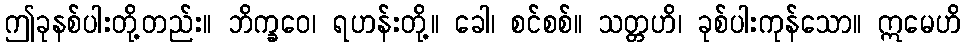
ဤခုနစ်ပါးတို့တည်း။ ဘိက္ခဝေ၊ ရဟန်းတို့။ ခေါ၊ စင်စစ်။ သတ္တဟိ၊ ခုစ်ပါးကုန်သော။ ဣမေဟိ